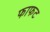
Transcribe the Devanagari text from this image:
फाफट